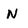
Character: N